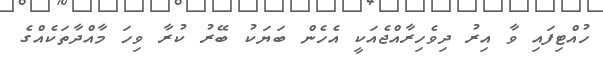
ހުއްޓިފައި ވާ އިރު ދިވެހިރާއްޖެއަކީ އެހެން ބަޔަކު ބޭރު ކުރާ ވިހަ މާއްދާތަކެއްގެ